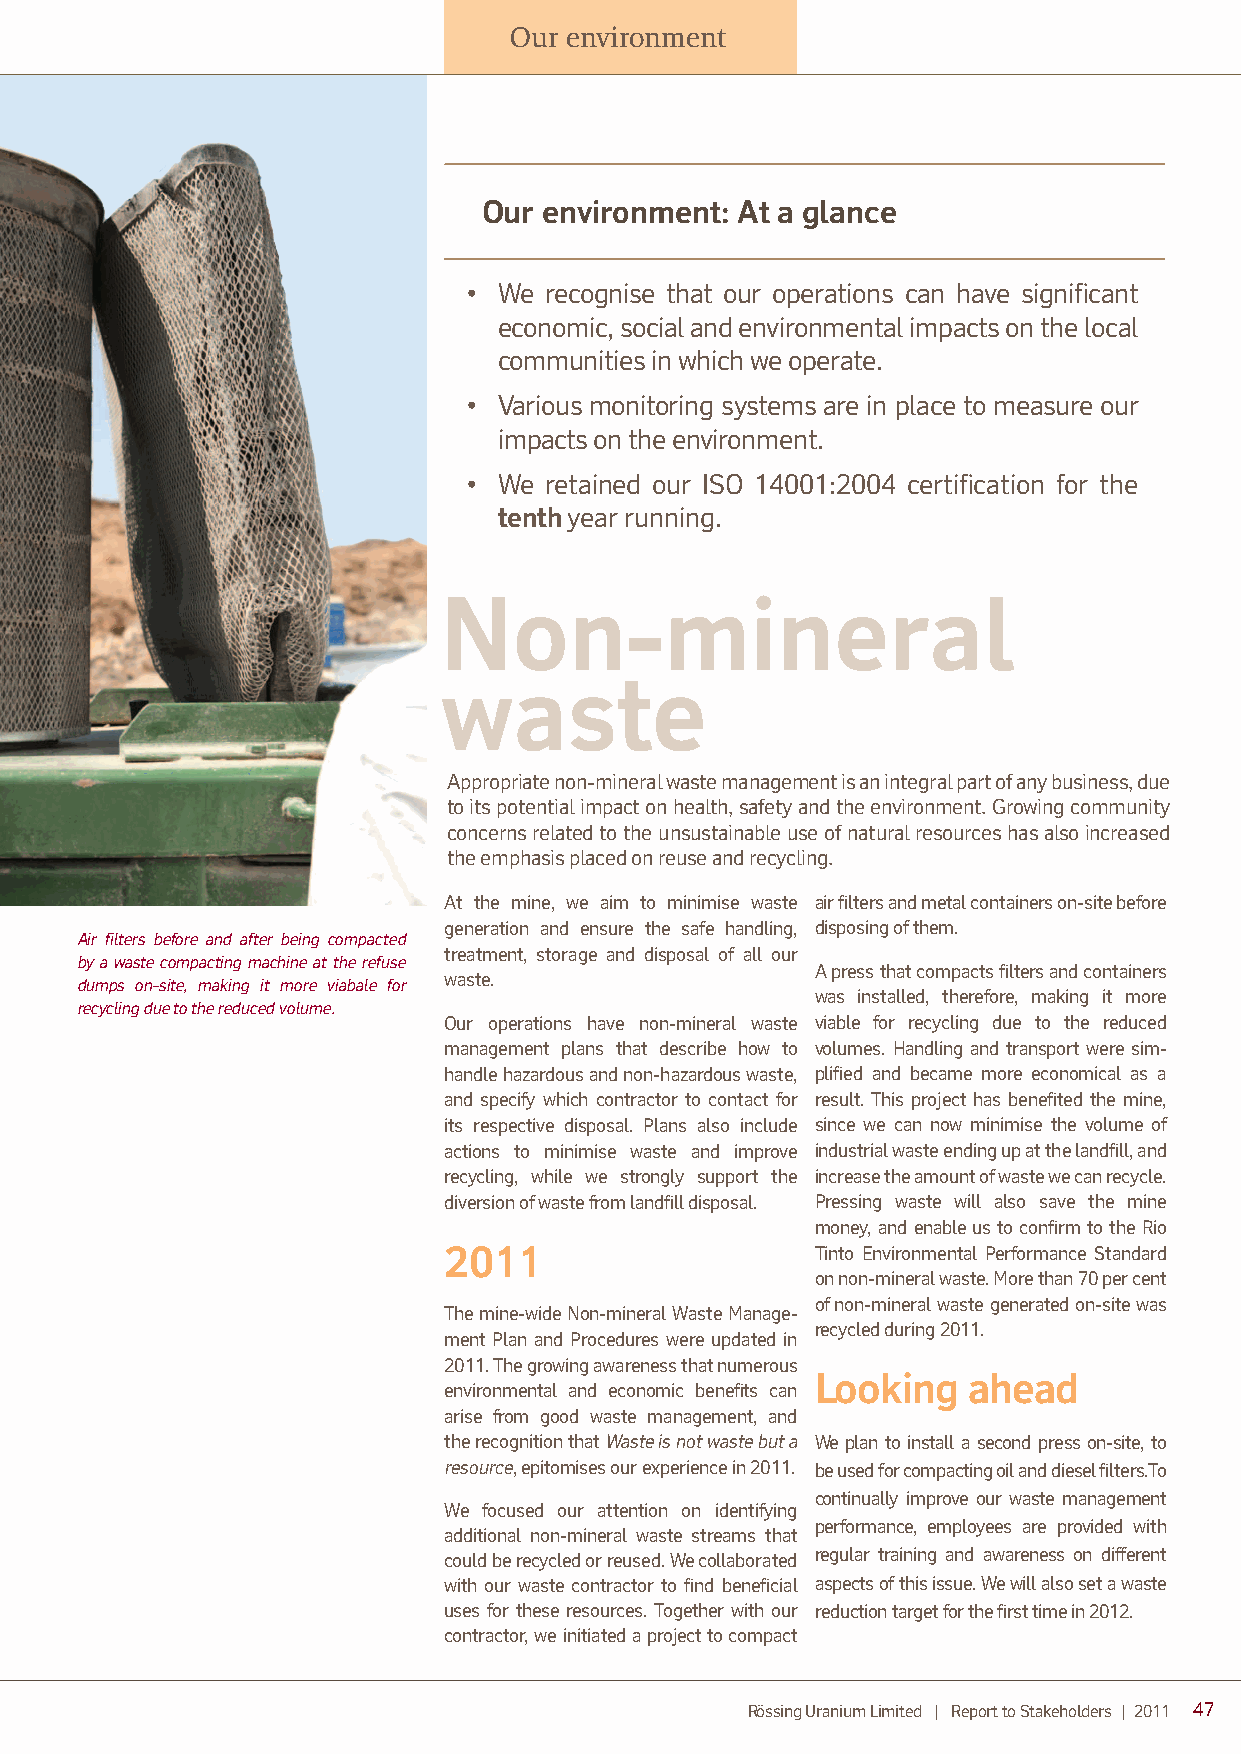
Our environment
 Our environment: At a glance
 • We recognise that our operations can have significant
 economic, social and environmental impacts on the local
 communities in which we operate.
 • Various monitoring systems are in place to measure our
 impacts on the environment.
 • We retained our ISO 14001:2004 certification for the
 tenth year running.
 Non-mineral
 waste
 Appropriate non-mineral waste managem ent is an integral part of any business, due
 to its potential impact on health, safety and the environment. Growing community
 concerns related to the uns ust ainable use of natural resources has also increased
 the emphasis placed on reuse and recycling.
 At the mine, we aim to minimise waste air filters and metal containers on-site before
 generation and ensure the safe handling, disposing of them.
 Air filters before and after being compacted
 treatm ent, storage and disposal of all our
 by a waste compacting machine at the refuse
 A press that compacts filters and containers
 waste.
 dumps on-site, making it more viabale for
 was installed, therefore, making it more
 recycling due to the reduced volume.
 Our operations have non-mineral waste viable for recycling due to the reduced
 management plans that describe how to volumes. Handling and transport were sim-
 handle hazardous and non-hazardous waste, plified and became more economical as a
 and specify which contractor to contact for result. This project has benefited the mine,
 its respective disposal. Plans also include since we can now minimise the volume of
 actions to minimise waste and improve industrial waste ending up at the landfill, and
 recycling, while we strongly support the increase the amount of waste we can recycle.
 diversion of waste from landfill disposal. Pressing waste will also save the mine
 money, and enable us to confirm to the Rio
 2011                     Tinto Environmental Performance Standard
 on non-mineral waste. More than 70 per cent
 of non-mineral waste generated on-site was
 The mine-wide Non-mineral Waste Manage-
 recycled during 2011.
 ment Plan and Procedures were updated in
 2011. The growing awareness that numerous
 Looking   ahead
 environmental and economic benefi ts can
 arise from good waste managem ent, and
 the recognition that Waste is not waste but a We plan to install a second press on-site, to
 resource, epitomises our experience in 2011. be used for compacting oil and diesel filters.To
 continually improve our waste managem ent
 We focused our attention on identifying
 performance, employees are provided with
 additional non-mineral waste streams that
 could be recycled or reused. We collaborated regular training and awareness on different
 with our waste contractor to find beneficial aspects of this issue. We will also set a waste
 uses for these resources. Together with our reduction target for the first time in 2012.
 contractor, we initiated a project to compact
 Rössing Uranium Limited | Report to Stakeholders | 2011 47